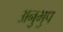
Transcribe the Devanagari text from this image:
अनुभुप